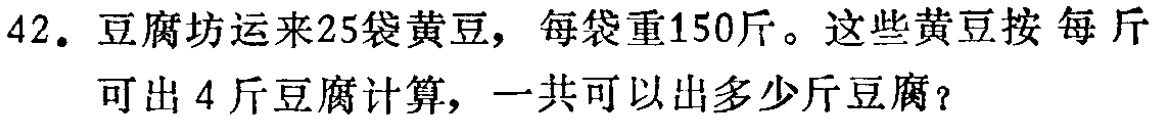
42. 豆腐坊运来25袋黄豆，每袋重150斤。这些黄豆按每斤可出4斤豆腐计算，一共可以出多少斤豆腐？